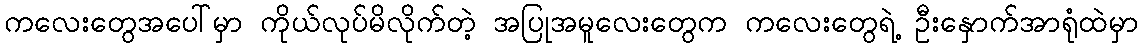
ကလေးတွေအပေါ်မှာ ကိုယ်လုပ်မိလိုက်တဲ့ အပြုအမူလေးတွေက ကလေးတွေရဲ့ ဦးနှောက်အာရုံထဲမှာ